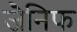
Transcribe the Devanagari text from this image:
जैनिफ